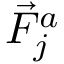
\vec { F } _ { j } ^ { a }